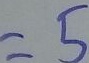
= 5